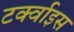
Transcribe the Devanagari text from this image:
टर्क्वाइस